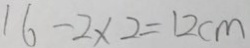
1 6 - 2 \times 2 = 1 2 c m